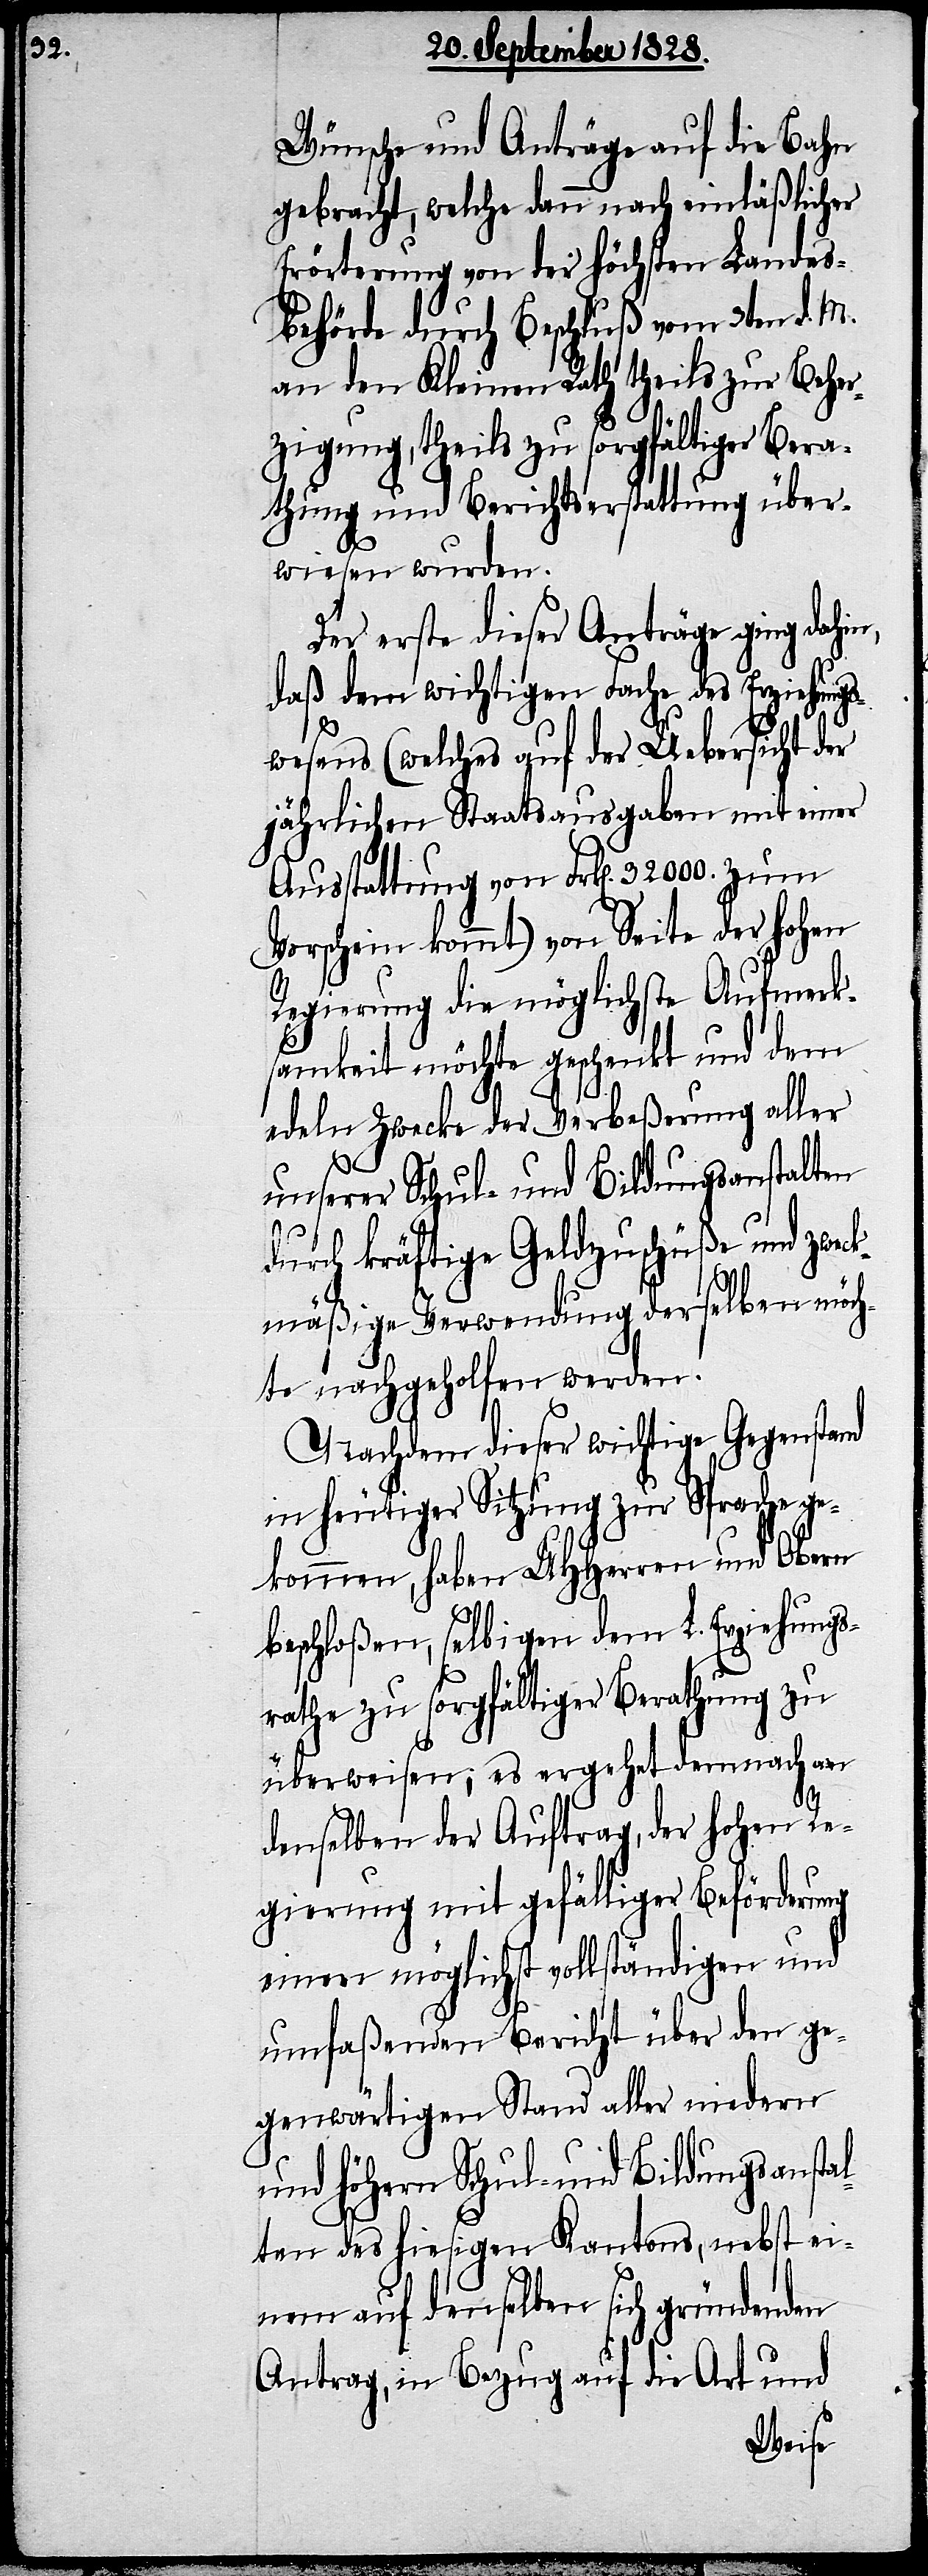
Wünsche und Anträge auf die Bahn
gebracht, welche dann nach einläßlicher
Erörterung von der höchsten Landes¬
behörde durch Beschluß vom 3ten d. M.
an den Kleinen Rath theils zur Beher¬
zigung, theils zu sorgfältiger Bera¬
thung und Berichtserstattung über¬
wiesen wurden.
Der erste dieser Anträge ging dahin,
daß dem wichtigen Fache des Erziehung¬
swesens (welches auf der Uebersicht der
jährlichen Staatsausgaben mit einer
Ausstattung von Frk[en]. 32 000. zum
Vorschein kommt) von Seite der hohen
Regierung die möglichste Aufmerk¬
samkeit möchte geschenkt und dem
edeln Zwecke der Verbeßerung aller
unserer Schul- und Bildungsanstalten
durch kräftige Geldzuschüße und zwec¬
kmäßige Verwendung derselben möch¬
te nachgeholfen werden.
Nachdem dieser wichtige Gegenstand
in heutiger Sitzung zu Sprache ge¬
kommen, haben UHHerren und Obern
beschloßen, selbigen dem L. Erziehungs¬
rathe zu sorgfältiger Berathung zu
überweisen; es ergehet demnach an
denselben der Auftrag, der hohen Re¬
gierung mit gefälliger Beförderung
einen möglichst vollständigen und
umfaßenden Bericht über den ge¬
genwärtigen Stand aller niedern
und höhern Schul- und Bildungsanstal¬
ten des hiesigen Kantons, nebst ei¬
nem auf denselben sich gründenden
Antrag, in Bezug auf die Art und